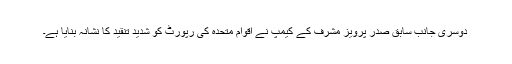
دوسری جانب سابق صدر پرویز مشرف کے کیمپ نے اقوام متحدہ کی رپورٹ کو شدید تنقید کا نشانہ بنایا ہے۔